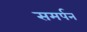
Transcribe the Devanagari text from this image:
समर्पन